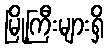
မြို့ကြီးများရှိ